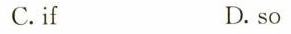
C.if D.so